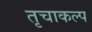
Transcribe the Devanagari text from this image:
तृचाकल्प